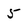
Character: 5